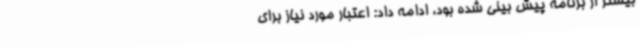
بیشتر از برنامه پیش بینی شده بود، ادامه داد: اعتبار مورد نیاز برای